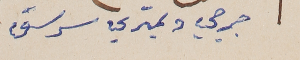
جرجي دمتري سرسق